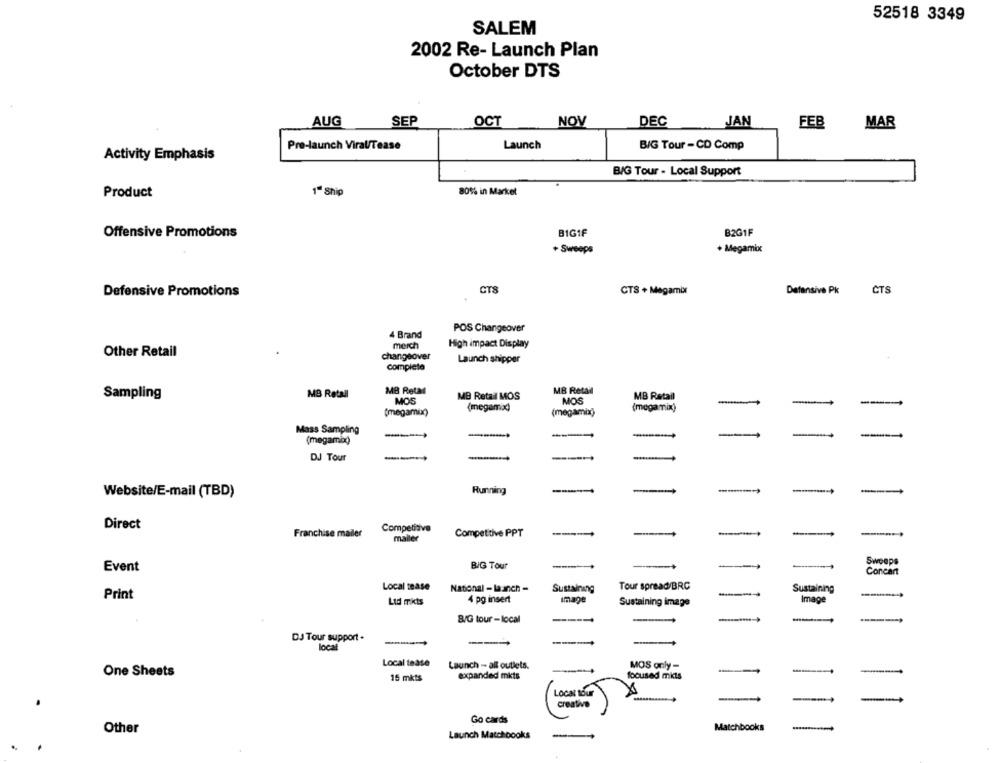
52518 3349
SALEM
2002 Re- Launch Plan
October DTS
AUG
SEF
OCT
NOV
DEC
JAN
FEB
MAR
Pre-launch Viral/Tease
Launch
BIG Tour - CD Comp
Activity Emphasis
B/G Tour - Local Support
80% in Market
Product
1ª Ship
Offensive Promotions
BIGIF
B2G1F
+ Sweeps
+ Megamix
CTS
CTS + Megamix
Defensive Pk
ČTS
Defensive Promotions
POS Changeover
4 Brand
High impact Display
merch
Other Retail
changeover
Launch shipper
completa
MB Retal
MB Retail
Sampling
MB Retall
MB Retall MOS
MB Retail
MOS
MOS
-
(megamon)
(megamix)
(megamix)
(megamix)
Mass Sampling
(megamix)
DJ Tour
--
----
Website/E-mail (TBD)
Running
Direct
Competitive
Franchise mailer
Competitive PPT
----
-
---
mailer
BIG Tour
Swoops
Event
Concart
Local tease
National - laanch -
Sustaining
Tour spread/BRC
Sustaining
Print
Ltd mikts
4 pg insert
Image
Sustaining image
Image
B/G tour - local
DJ Tour support -
---
local
Local tease
Launch - all outlets.
----
MOS only -
---
One Sheets
15 mkts
expanded mkts
focused mkts
Local tour
creative
Go cards
Other
Matchbooks
Launch Matchbooks